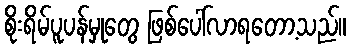
စိုးရိမ်ပူပန်မှုတွေ ဖြစ်ပေါ်လာရတော့သည်။